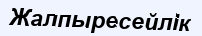
Жалпыресейлік